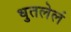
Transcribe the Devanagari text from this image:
धुतलेलं